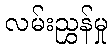
လမ်းညွှန်မှု